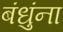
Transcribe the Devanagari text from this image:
बंधुंना